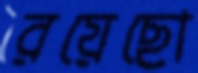
রয়েছো